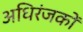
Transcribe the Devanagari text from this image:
अधिरंजकों